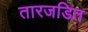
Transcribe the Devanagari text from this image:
तारजडित